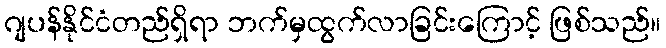
ဂျပန်နိုင်ငံတည်ရှိရာ ဘက်မှထွက်လာခြင်းကြောင့် ဖြစ်သည်။